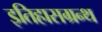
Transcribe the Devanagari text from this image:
इतिहासग्रन्थ